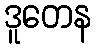
ဒူတေန